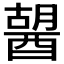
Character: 𨡷